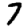
Digit: 7